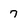
Character: 7